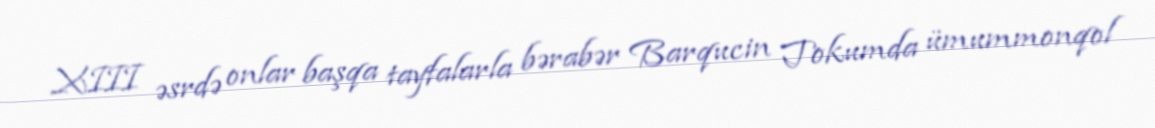
XIII əsrdə onlar başqa tayfalarla bərabər Barqucin Tokumda ümummonqol